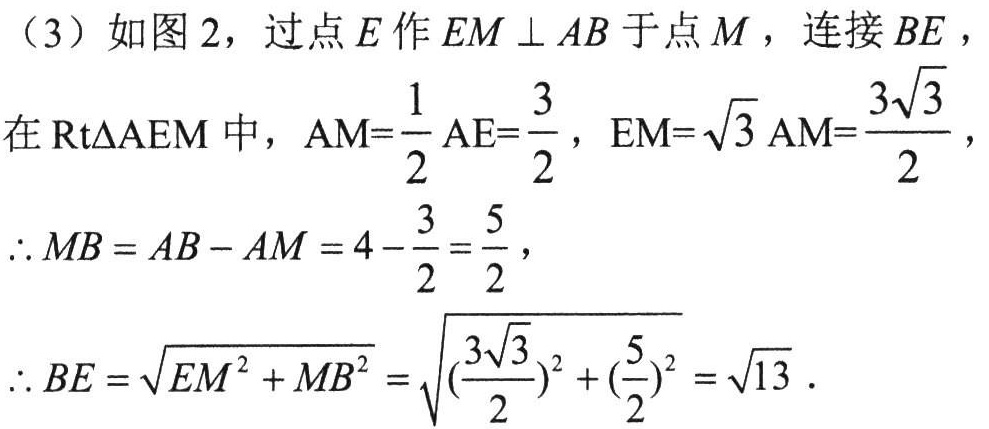
（3）如图2，过点\(E\)作\(EM\perp AB\)于点\(M\)，连接\(BE\)，
在\(\text{Rt}\triangle AEM\)中，\(AM = \frac{1}{2}AE=\frac{3}{2}\)，\(EM = \sqrt{3}AM=\frac{3\sqrt{3}}{2}\)，
\(\therefore MB=AB - AM=4-\frac{3}{2}=\frac{5}{2}\)，
\(\therefore BE=\sqrt{EM^{2}+MB^{2}}=\sqrt{(\frac{3\sqrt{3}}{2})^{2}+(\frac{5}{2})^{2}}=\sqrt{13}\).